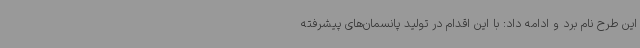
این طرح نام برد و ادامه داد: با این اقدام در تولید پانسمان‌های پیشرفته